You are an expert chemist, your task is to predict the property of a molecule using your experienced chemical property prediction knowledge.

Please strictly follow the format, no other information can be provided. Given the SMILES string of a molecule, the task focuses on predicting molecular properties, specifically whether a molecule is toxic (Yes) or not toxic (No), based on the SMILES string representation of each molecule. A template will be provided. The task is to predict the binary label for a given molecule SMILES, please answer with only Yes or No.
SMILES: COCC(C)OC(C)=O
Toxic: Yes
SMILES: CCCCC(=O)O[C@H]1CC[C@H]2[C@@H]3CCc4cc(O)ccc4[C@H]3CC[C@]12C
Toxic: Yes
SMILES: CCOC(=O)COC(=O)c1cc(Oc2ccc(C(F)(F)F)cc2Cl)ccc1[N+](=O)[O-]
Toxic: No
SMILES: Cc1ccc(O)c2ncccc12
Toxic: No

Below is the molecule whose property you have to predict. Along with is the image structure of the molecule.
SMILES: CCCCCCCC(=O)CC[C@H]1[C@H](O)C[C@H](O)[C@@H]1C/C=C\CCCC(=O)OC(C)C
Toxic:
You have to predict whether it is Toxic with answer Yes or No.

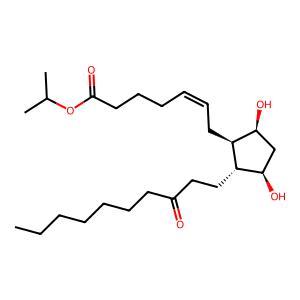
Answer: No